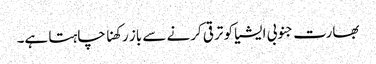
بھارت جنوبی ایشیا کو ترقی کرنے سے باز رکھنا چاہتا ہے۔